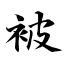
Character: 被